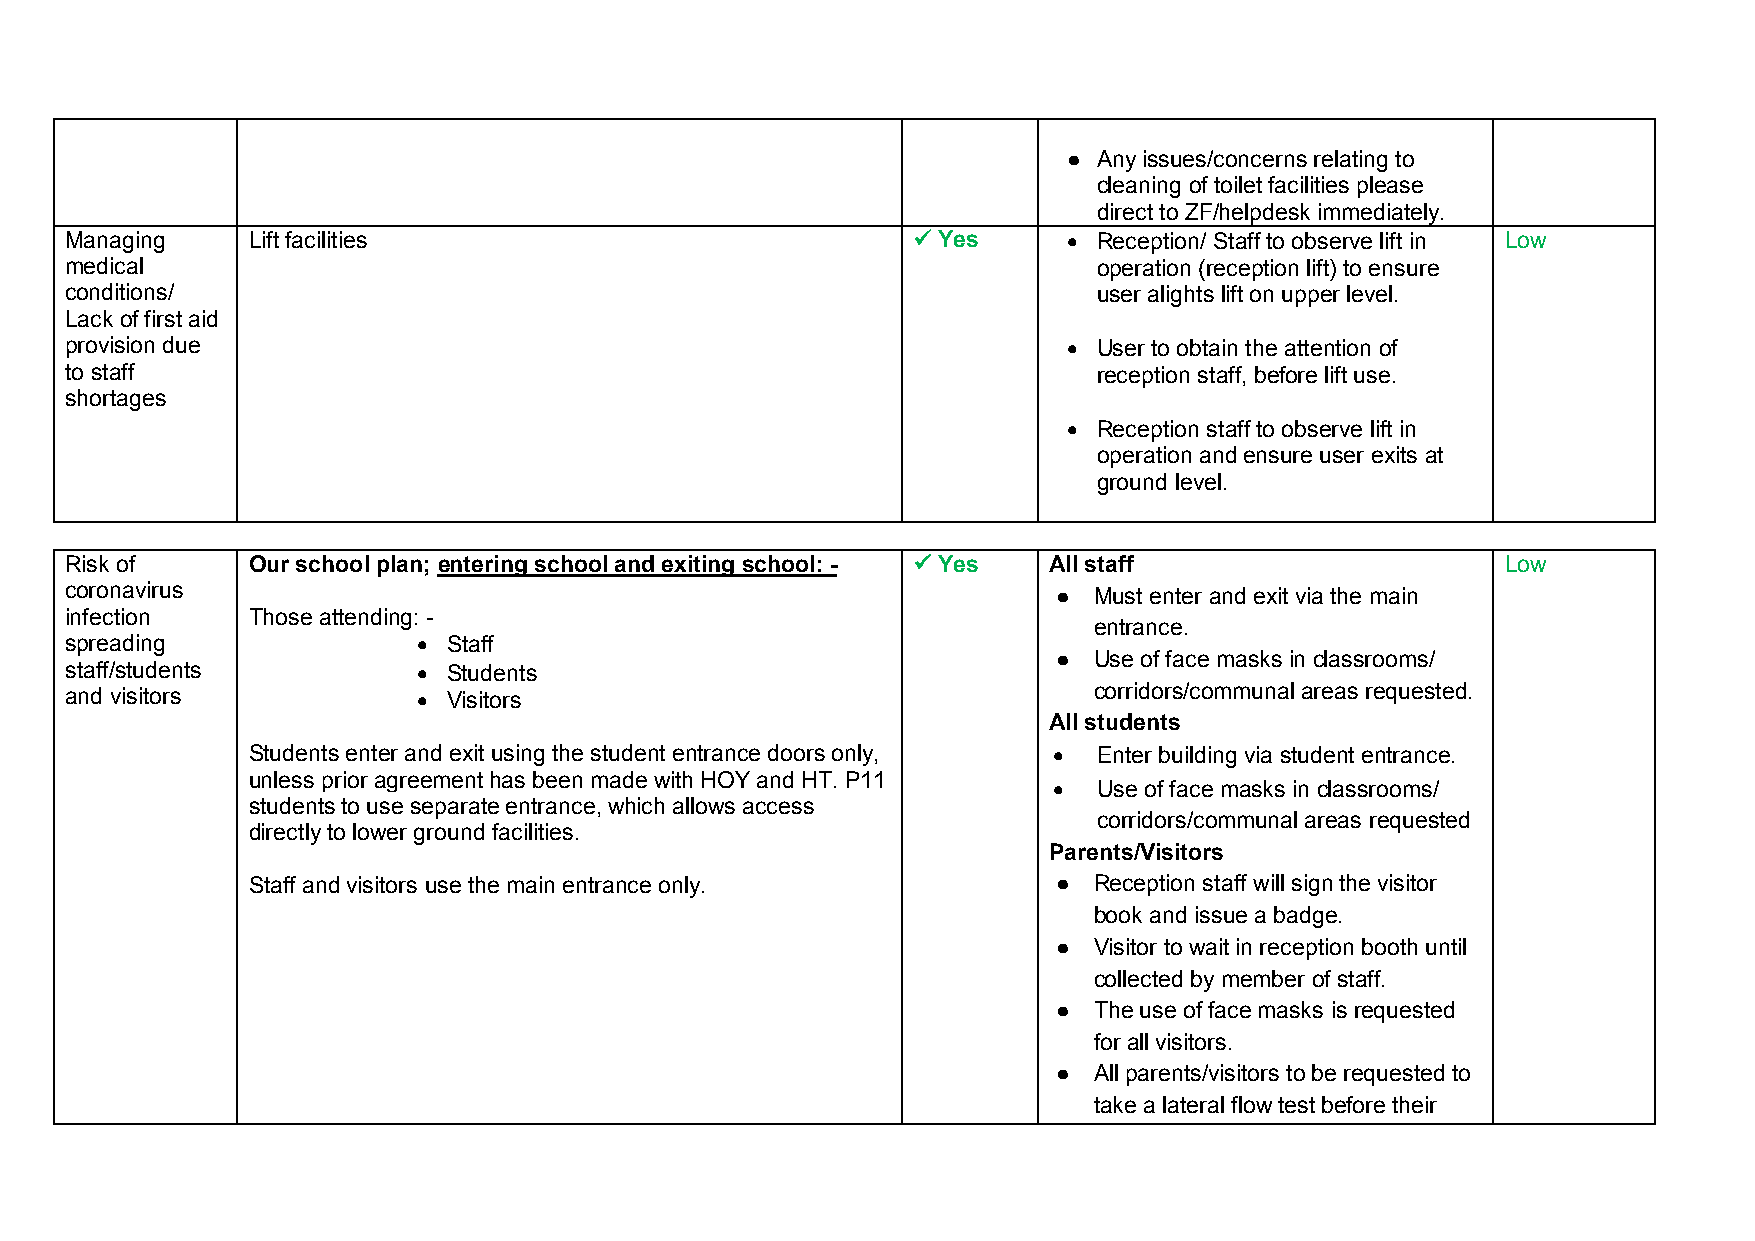
● Any issues/concerns relating to
 cleaning of toilet facilities please
 direct to ZF/helpdesk immediately.
 Managing    Lift facilities                              Yes       Reception/ Staff to observe lift in Low
 medical                                                              operation (reception lift) to ensure
 conditions/                                                          user alights lift on upper level.
 Lack of first aid
 provision due                                                       User to obtain the attention of
 to staff                                                             reception staff, before lift use.
 shortages
  Reception staff to observe lift in
 operation and ensure user exits at
 ground level.
 Risk of     Our school plan; entering school and exiting school: -  Yes All staff              Low
 coronavirus                                                       ● Must enter and exit via the main
 infection   Those attending: -
 entrance.
 spreading                Staff
 ● Use of face masks in classrooms/
 staff/students           Students
 and visitors             Visitors                                  corridors/communal areas requested.
 All students
 Students enter and exit using the student entrance doors only,  Enter building via student entrance.
 unless prior agreement has been made with HOY and HT. P11
   Use of face masks in classrooms/
 students to use separate entrance, which allows access
 corridors/communal areas requested
 directly to lower ground facilities.
 Parents/Visitors
 Staff and visitors use the main entrance only.        ● Reception staff will sign the visitor
 book and issue a badge.
 ● Visitor to wait in reception booth until
 collected by member of staff.
 ● The use of face masks is requested
 for all visitors.
 ● All parents/visitors to be requested to
 take a lateral flow test before their